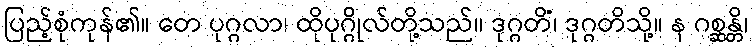
ပြည့်စုံကုန်၏။ တေ ပုဂ္ဂလာ၊ ထိုပုဂ္ဂိုလ်တို့သည်။ ဒုဂ္ဂတိံ၊ ဒုဂ္ဂတိသို့။ န ဂစ္ဆန္တိ၊